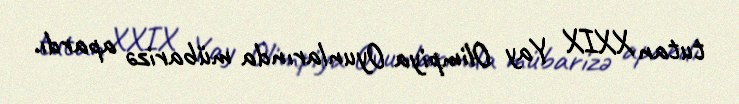
tutan XXIX Yay Olimpiya Oyunlarında mübarizə apardı.